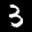
Label: 3